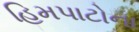
હિમપાટોના